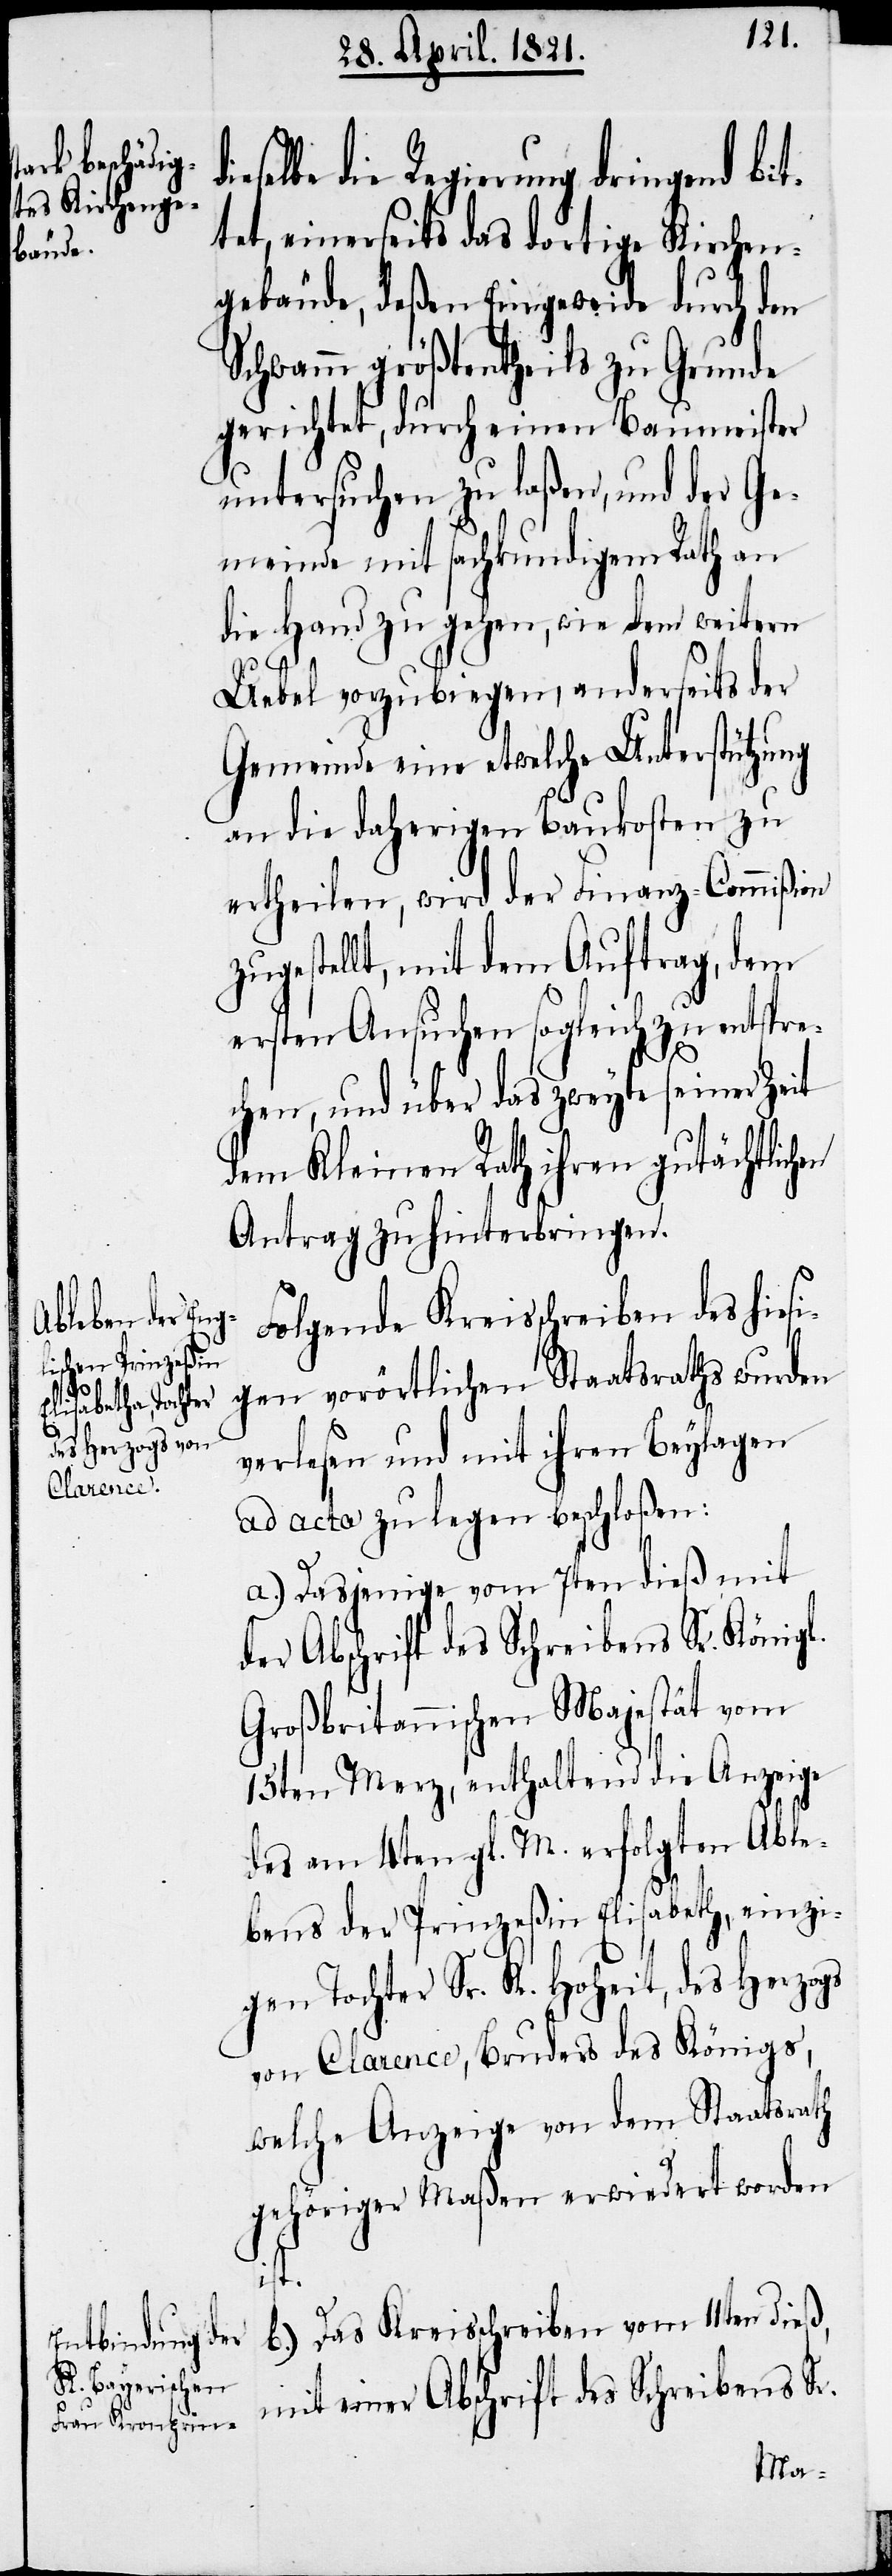
eselbe die Regierung dringend bit¬
tet, einerseits das dortige Kirchen¬
gebäude, deßen Eingeweide durch den
Schwamm größtentheils zu Grunde
gerichtet, durch einen Baumeister
untersuchen zu laßen, und der Ge¬
meinde mit sachkundigem Rath an
die Hand zu gehen, wie dem weitern
Uebel vorzubiegen, und anderseits der
Gemeinde eine etwelche Unterstützung
an die daherigen Baukosten zu
ertheilen, wird der Finanz-Commißi¬
zugestellt, mit dem Auftrag, dem
ersten Ansuchen sogleich zu entspre¬
chen, und über das zweyte seiner Zeit
dem Kleinen Rath ihren gutächtlichen
Antrag zu hinterbringen.
Folgende Kreisschreiben des hiesi¬
gen vorörtlichen Staatsraths wurden
verlesen und mit ihren Beylagen
ad acta zu legen beschloßen:
a.) Dasjenige vom 7ten dieß mit
der Abschrift des Schreibens Sr. Königl.
Großbritannischen Majestät vom
15ten Merz, enthaltend die Anzeige
des am 4ten gl. M. erfolgten Able¬
bens der Prinzeßin Elisabeth, einzi¬
gen Tochter Sr. K. Hoheit, des Herzogs
von Clarence, Bruders des Königs,
welche Anzeige von dem Staatsrath
gehöriger Maßen erwiedert worden
ist.
b.) Das Kreisschreiben vom 11ten dieß,
mit einer Abschrift des Schreibens Sr.